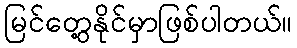
မြင်တွေ့နိုင်မှာဖြစ်ပါတယ်။